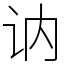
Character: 讷